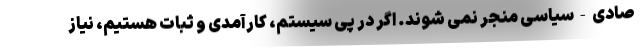
صادی-سیاسی منجر نمی شوند. اگر در پی سیستم، کارآمدی و ثبات هستیم، نیاز